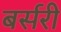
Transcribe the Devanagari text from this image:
बर्सरी